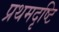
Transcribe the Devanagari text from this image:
प्रथमदृष्टि